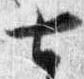
七